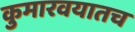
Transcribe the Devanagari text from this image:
कुमारवयातच